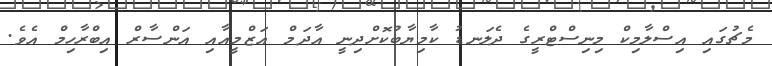
މެޗުގައި އިސްލާމިކް މިނިސްޓްރީގެ ދެލަނޑު ކާމިޔާބުކޮށްދިނީ އާދަމް އަޒްމީއާއި އަންސާރް އިބްރާހިމް އެވެ.